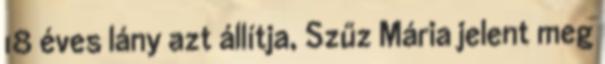
18 éves lány azt állítja, Szűz Mária jelent meg